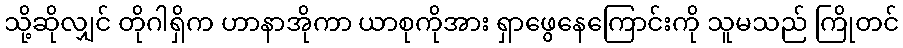
သို့ဆိုလျှင် တိုဂါရှိက ဟာနာအိုကာ ယာစုကိုအား ရှာဖွေနေကြောင်းကို သူမသည် ကြိုတင်